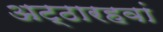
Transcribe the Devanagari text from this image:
अट्ठारहवां